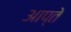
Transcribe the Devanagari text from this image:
आप्ते